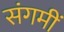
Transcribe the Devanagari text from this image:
संगमीं